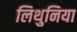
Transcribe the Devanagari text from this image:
लिथुनिया